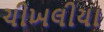
ચીખલીયા